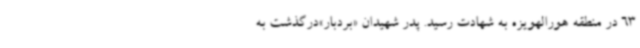
63 در منطقه هورالهویزه به شهادت رسید. پدر شهیدان «بردبار»درگذشت به